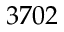
3 7 0 2